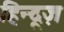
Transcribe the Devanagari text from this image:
हिन्दूज़